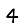
Digit: 4